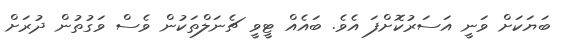
ބަޔަކަށް ވަނީ އަސަރުކޮށްފަ އެވެ. ބައެއް ޓީވީ ޗެނަލްތަކުން ވެސް ވަގުތުން ދުރަށް